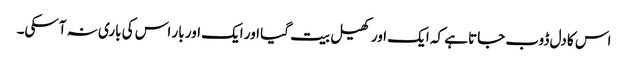
اس کا دل ڈوب جاتا ہے کہ ایک اور کھیل بیت گیا اور ایک اور بار اس کی باری نہ آسکی۔